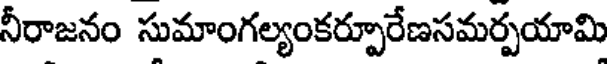
నీరాజనం సుమాంగల్యంకర్పూరేణసమర్పయామి